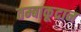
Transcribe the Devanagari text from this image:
तम्बाकूदान